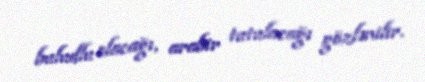
buludlu olacağı, arabir tutulacağı gözlənilir.